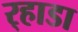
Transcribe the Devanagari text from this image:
र्‍हाडा